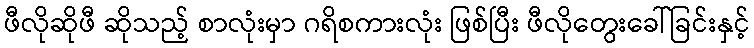
ဖီလိုဆိုဖီ ဆိုသည့် စာလုံးမှာ ဂရိစကားလုံး ဖြစ်ပြီး ဖီလိုတွေးခေါ်ခြင်းနှင့်